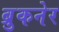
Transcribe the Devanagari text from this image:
ब्रुकनेर